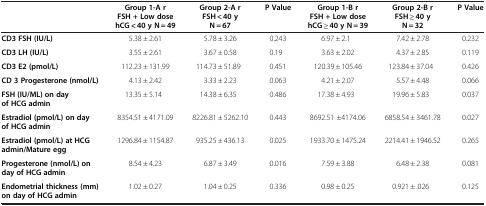
<table><thead><tr><td><b> </b></td><td><b>Group 1-A r FSH + Low dose hCG &lt; 40 y N = 49</b></td><td><b>Group 2-A r FSH &lt; 40 y N = 67</b></td><td><b>P Value</b></td><td><b>Group 1-B r FSH + Low dose hCG ≥ 40 y N = 39</b></td><td><b>Group 2-B r FSH ≥ 40 y N = 32</b></td><td><b>P Value</b></td></tr></thead><tbody><tr><td><b>CD3 FSH (IU/L)</b></td><td>5.38 ± 2.61</td><td>5.78 ± 3.26</td><td>0.243</td><td>6.97 ± 2.1</td><td>7.42 ± 2.78</td><td>0.232</td></tr><tr><td><b>CD3 LH (IU/L)</b></td><td>3.55 ± 2.61</td><td>3.67 ± 0.58</td><td>0.19</td><td>3.63 ± 2.02</td><td>4.37 ± 2.85</td><td>0.119</td></tr><tr><td><b>CD3 E2 (pmol/L)</b></td><td>112.23 ± 131.99</td><td>114.73 ± 51.89</td><td>0.451</td><td>120.39 ± 105.46</td><td>123.84 ± 37.04</td><td>0.426</td></tr><tr><td><b>CD 3 Progesterone (nmol/L)</b></td><td>4.13 ± 2.42</td><td>3.33 ± 2.23</td><td>0.063</td><td>4.21 ± 2.07</td><td>5.57 ± 4.48</td><td>0.066</td></tr><tr><td><b>FSH (IU/ML) on day of HCG admin</b></td><td>13.35 ± 5.14</td><td>14.38 ± 6.35</td><td>0.486</td><td>17.38 ± 4.93</td><td>19.96 ± 5.83</td><td>0.037</td></tr><tr><td><b>Estradiol (pmol/L) on day of HCG admin</b></td><td>8354.51 ± 4171.09</td><td>8226.81 ± 5262.10</td><td>0.443</td><td>8692.51 ±4174.06</td><td>6858.54 ± 3461.78</td><td>0.027</td></tr><tr><td><b>Estradiol (pmol/L) at HCG admin/Mature egg</b></td><td>1296.84 ± 1154.87</td><td>935.25 ± 436.13</td><td>0.025</td><td>1933.70 ± 1475.24</td><td>2214.41 ± 1946.52</td><td>0.265</td></tr><tr><td><b>Progesterone (nmol/L) on day of HCG admin</b></td><td>8.54 ± 4.23</td><td>6.87 ± 3.49</td><td>0.016</td><td>7.59 ± 3.88</td><td>6.48 ± 2.38</td><td>0.081</td></tr><tr><td><b>Endometrial thickness (mm) on day of HCG admin</b></td><td>1.02 ± 0.27</td><td>1.04 ± 0.25</td><td>0.336</td><td>0.98 ± 0.25</td><td>0.921 ± .026</td><td>0.125</td></tr></tbody></table>